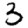
Digit: 3